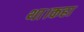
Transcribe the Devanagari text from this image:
था।कहा